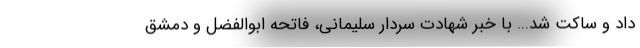
داد و ساکت شد... با خبر شهادت سردار سلیمانی، فاتحه ابوالفضل و دمشق